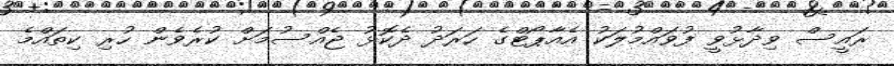
ރައީސް ވިދާޅުވީ ފުވައްމުލަކު އެއާޕޯޓްގެ ހަރަދު ދެކޮޅު ޖެއްސުމަށް ކުރެވެން ހުރި ކިތައްމެ